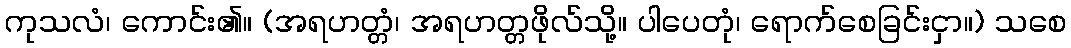
ကုသလံ၊ ကောင်း၏။ (အရဟတ္တံ၊ အရဟတ္တဖိုလ်သို့။ ပါပေတုံ၊ ရောက်စေခြင်းငှာ။) သစေ